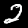
Digit: 2